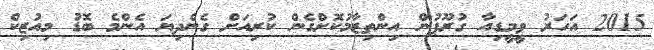
2015 އަހަރު ވީމީޑިއާ ގުރޫޕުން އިންތިޒާމުކޮށްގެން ކުރިއަށް ގެންދިޔަ އެންމެ ބޮޑު މިއުޒިކް